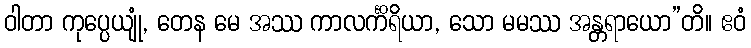
ဝါတာ ကုပ္ပေယျုံ, တေန မေ အဿ ကာလင်္ကိရိယာ, သော မမဿ အန္တရာယော”တိ။ ဧဝံ